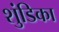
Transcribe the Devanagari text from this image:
शुंडिका